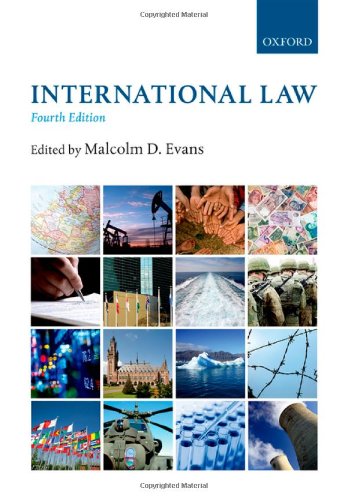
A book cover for International Law; Law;